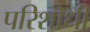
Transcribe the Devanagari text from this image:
परिशोधी